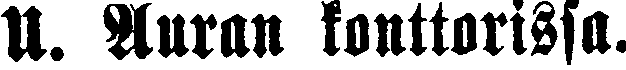
U. Auran konttorissa.